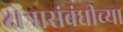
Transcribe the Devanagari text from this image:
क्षेत्रासंबंधीच्या